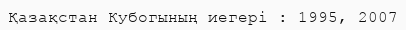
Қазақстан Кубогының иегері : 1995, 2007